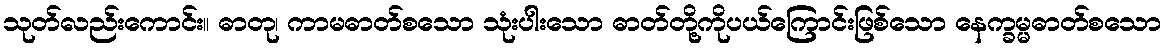
သုတ်လည်းကောင်း။ ဓာတု၊ ကာမဓာတ်စသော သုံးပါးသော ဓာတ်တို့ကိုပယ်ကြောင်းဖြစ်သော နေက္ခမ္မဓာတ်စသော